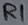
Text: R1